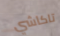
تاكاشي